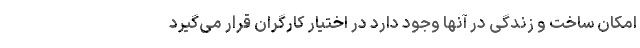
امکان ساخت و زندگی در آنها وجود دارد در اختیار کارگران قرار می‌گیرد